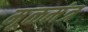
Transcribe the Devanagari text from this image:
मूळमंत्र